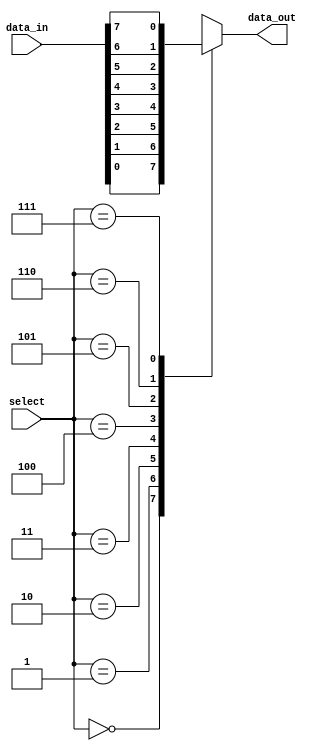
module mux_8to1 (
    input [7:0] data_in,
    input [2:0] select,
    output reg data_out
);

always @* begin
    case (select)
        3'b000: data_out = data_in[0];
        3'b001: data_out = data_in[1];
        3'b010: data_out = data_in[2];
        3'b011: data_out = data_in[3];
        3'b100: data_out = data_in[4];
        3'b101: data_out = data_in[5];
        3'b110: data_out = data_in[6];
        3'b111: data_out = data_in[7];
    endcase
end

endmodule